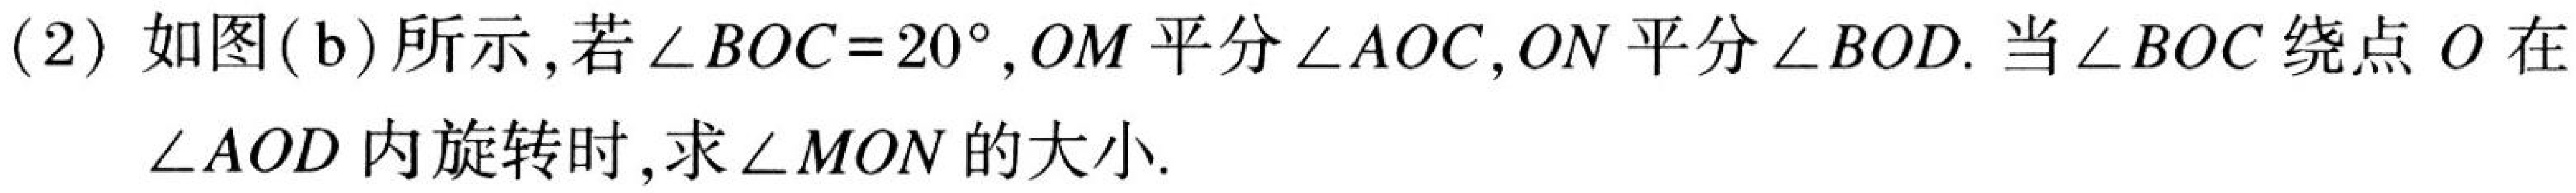
(2) 如图(b)所示,若\(\angle BOC = 20^{\circ}\),\(OM\)平分\(\angle AOC\),\(ON\)平分\(\angle BOD\). 当\(\angle BOC\)绕点\(O\)在\(\angle AOD\)内旋转时,求\(\angle MON\)的大小.